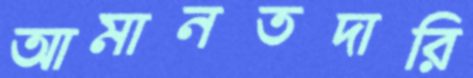
আমানতদারি